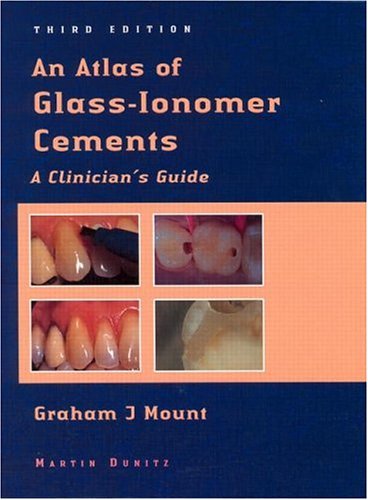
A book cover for An Atlas of Glass-Ionomer Cements: A Clinician's Guide; Graham J. Mount; Medical Books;